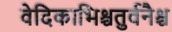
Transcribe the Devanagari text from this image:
वेदिकाभिश्चतुर्वनैश्च